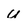
Character: u